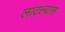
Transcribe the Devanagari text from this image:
लाटल्यास